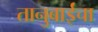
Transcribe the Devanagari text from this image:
तानुबाईंचा